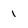
Character: 1